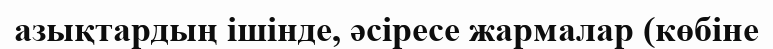
азықтардың ішінде, әсіресе жармалар (көбіне